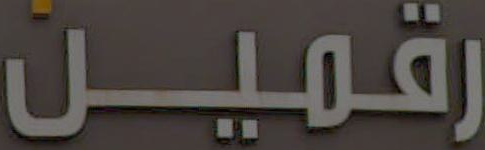
رقمين